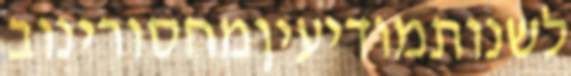
לשנותמודיעיןמחסורינוב